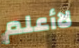
لاأعلم